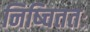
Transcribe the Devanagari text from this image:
निष्चिततः